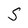
Character: S